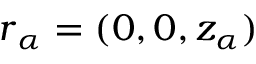
\boldsymbol { r } _ { \alpha } = ( 0 , 0 , z _ { \alpha } )